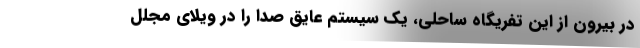
در بیرون از این تفریگاه ساحلی، یک سیستم عایق صدا را در ویلای مجلل